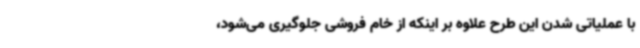
با عملیاتی شدن این طرح علاوه بر اینکه از خام فروشی جلوگیری می‌شود،